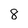
Character: 8